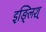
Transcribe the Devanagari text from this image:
इङ्लिश्